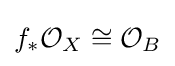
f_{*}{\mathcal {O}}_{X}\cong {\mathcal {O}}_{B}